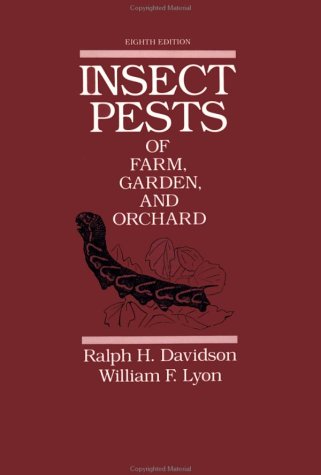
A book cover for Insect Pests of Farm, Garden, and Orchard; Ralph H. Davidson; Science & Math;